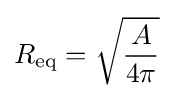
R_{\text{eq}}={\sqrt {\frac {A}{4\pi }}}